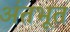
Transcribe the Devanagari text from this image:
अंतभूत